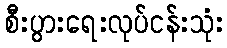
စီးပွားရေးလုပ်ငန်းသုံး